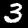
Label: 3